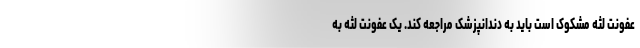
عفونت لثه مشکوک است باید به دندانپزشک مراجعه کند. یک عفونت لثه به